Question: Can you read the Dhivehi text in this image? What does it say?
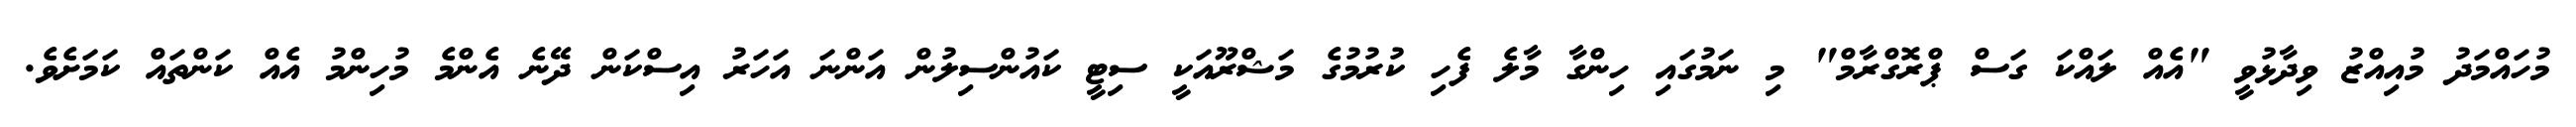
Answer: މުހައްމަދު މުއިއްޒު ވިދާޅުވީ "އެއް ލައްކަ ގަސް ޕްރޮގްރާމް" މި ނަމުގައި ހިންގާ މާލެ ފެހި ކުރުމުގެ މަޝްރޫއަކީ ސިޓީ ކައުންސިލުން އަންނަ އަހަރު އިސްކަން ދޭނެ އެންމެ މުހިންމު އެއް ކަންތައް ކަމަށެވެ.